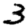
Digit: 3